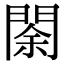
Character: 𨴩